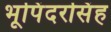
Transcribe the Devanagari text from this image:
भूपिंदरसिंह